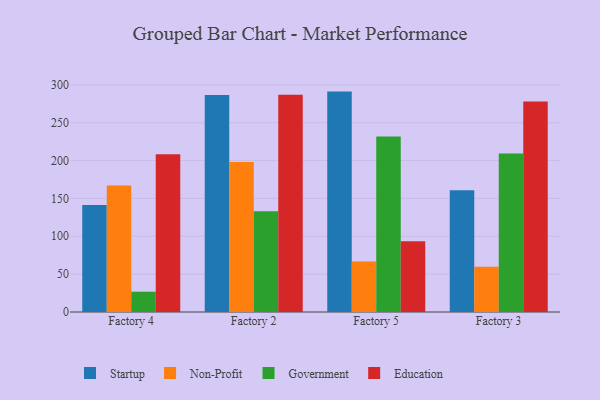
{"axis": {"x": "Factory", "y": "Backlog"}, "legend": ["Education", "Government", "Non-Profit", "Startup"], "data": [{"x": "Factory 4", "y": 141.3, "type": "Startup"}, {"x": "Factory 4", "y": 167.2, "type": "Non-Profit"}, {"x": "Factory 4", "y": 26.8, "type": "Government"}, {"x": "Factory 4", "y": 208.2, "type": "Education"}, {"x": "Factory 2", "y": 286.7, "type": "Startup"}, {"x": "Factory 2", "y": 198.1, "type": "Non-Profit"}, {"x": "Factory 2", "y": 133.2, "type": "Government"}, {"x": "Factory 2", "y": 286.9, "type": "Education"}, {"x": "Factory 5", "y": 291.1, "type": "Startup"}, {"x": "Factory 5", "y": 66.8, "type": "Non-Profit"}, {"x": "Factory 5", "y": 231.8, "type": "Government"}, {"x": "Factory 5", "y": 93.6, "type": "Education"}, {"x": "Factory 3", "y": 160.8, "type": "Startup"}, {"x": "Factory 3", "y": 59.8, "type": "Non-Profit"}, {"x": "Factory 3", "y": 209.2, "type": "Government"}, {"x": "Factory 3", "y": 278.1, "type": "Education"}]}